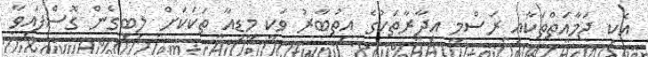
އެކި ޖަމާއަތްތަކާއި ރަސްމީ އިދާރާތަކުގެ އިތުބާރު ވަކީ މީޑިއާ ތަކަކަށް ލިބިގެން ގޮސްފައިވާ